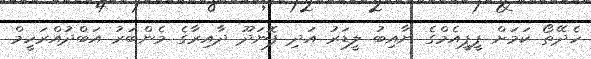
ހެދޭތޯ ކަމަށް ޕީޕީއެމްގެ ނާއިބު ލީޑަރު އަދި ފޮނަދޫ ދާއިރާގެ މެންބަރު އަބްދުއްރަހީމް